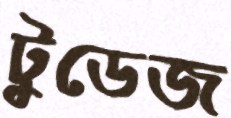
টুডেজ